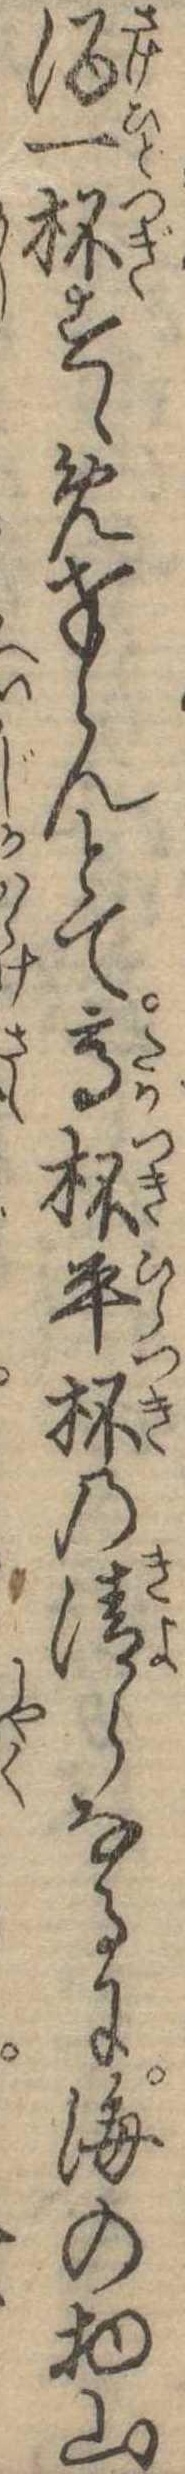
酒一杯すゝめ奉らんとて高杯平杯の清らなるに海の物山